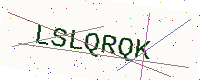
Text: LSLQRQK